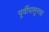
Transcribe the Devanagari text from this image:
पूर्वीपासूनचा